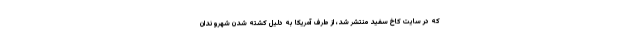
که در سایت کاخ سفید منتشر شد، از طرف آمریکا به دلیل کشته شدن شهروندان